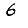
Digit: 6